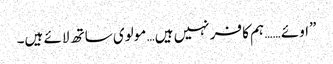
”اوئے …… ہم کافر نہیں ہیں… مولوی ساتھ لائے ہیں۔